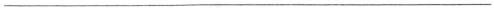
___